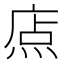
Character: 𤉽